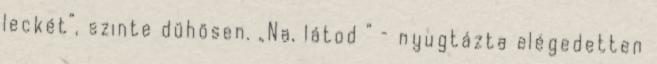
leckét”, szinte dü­hösen. „Na, látod ” – nyug­tázta elégedetten